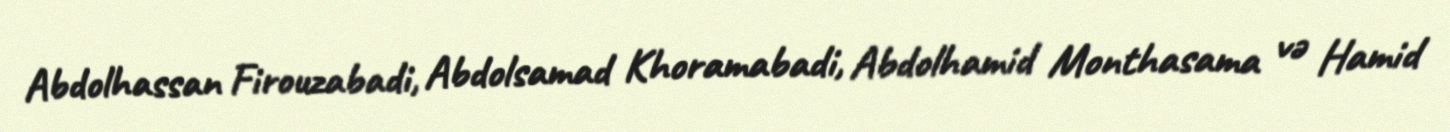
Abdolhassan Firouzabadi, Abdolsamad Khoramabadi, Abdolhamid Monthasama və Hamid